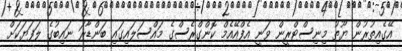
އޭގެއިތުރުން ޔޫތު މިނިސްޓްރީން ވަނީ އެފްއޭއެމް ކޮންގްރެސްގެ މައްސަލައިގައި ބަންޑާރަ ނައިބުގެ ލަފަޔަކަށް